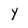
Character: y